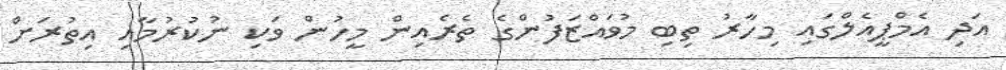
އަދި އެމްޕީއެލްގައި މިހާރު ތިބި މުވައްޒަފުންގެ ތެރެއިން މީހުން ވަކި ނުކުރުމާއި އިތުރަށް